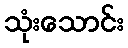
သုံးသောင်း